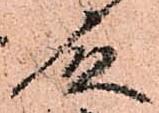
殿